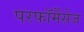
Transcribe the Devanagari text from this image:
परफॉर्मेंसेज